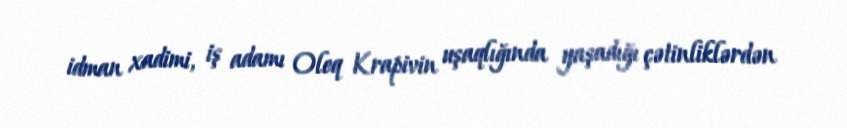
idman xadimi, iş adamı Oleq Krapivin uşaqlığında yaşadığı çətinliklərdən